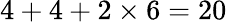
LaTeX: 4+4+2\times 6=20